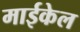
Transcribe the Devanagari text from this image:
माईकेल